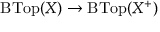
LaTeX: \operatorname { B T o p } ( X ) \to \operatorname { B T o p } ( X ^ { + } )